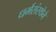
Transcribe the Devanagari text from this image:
धर्मसंस्थेने